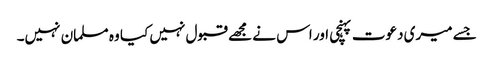
جسے میری دعوت پہنچی اور اس نے مجھے قبول نہیں کیا وہ مسلمان نہیں۔